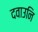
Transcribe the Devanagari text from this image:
दवाउनि